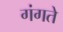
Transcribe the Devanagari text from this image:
गंगते